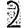
Digit: 2